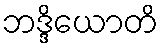
ဘဒ္ဒိယောတိ